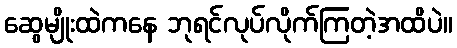
ဆွေမျိုးထဲကနေ ဘုရင်လုပ်လိုက်ကြတဲ့အထိပဲ။